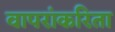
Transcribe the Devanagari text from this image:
वापरांकरिता